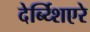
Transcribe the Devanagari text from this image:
देर्ब्य्शिएरे